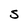
Character: S